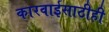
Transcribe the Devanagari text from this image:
कारवाईसाठीही